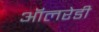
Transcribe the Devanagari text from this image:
ऑलरेडी